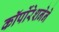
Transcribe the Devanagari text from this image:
कॉर्पोरेशनेने